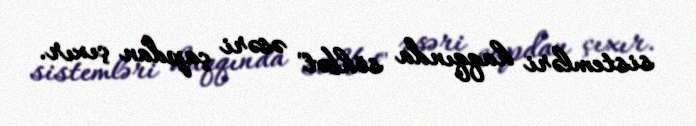
sistemləri haqqında söhbət" əsəri çapdan çıxır.